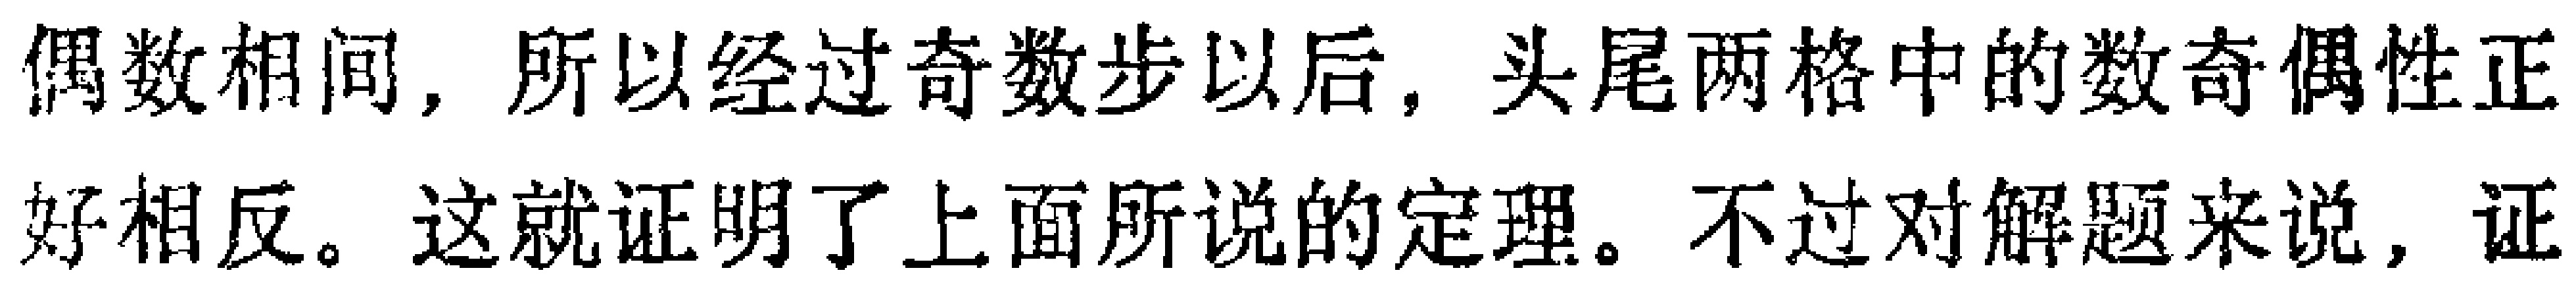
偶数相间，所以经过奇数步以后，头尾两格中的数奇偶性正好相反。这就证明了上面所说的定理。不过对解题来说，证